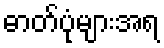
ဓာတ်ပုံများအရ